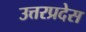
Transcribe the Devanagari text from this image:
उत्तरप्रदेस